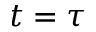
t = \tau